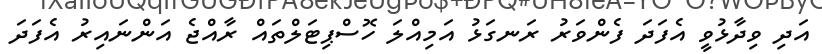
އަދި ވިދާޅުވީ އެފަދަ ފެންވަރު ރަނގަޅު އަމިއްލަ ހޮސްޕިޓަލްތައް ރާއްޖެ އަންނައިރު އެފަދަ